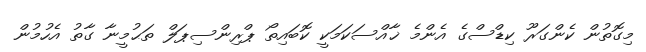
މިގޮތުން ކެންގަރޫ ކިޑްސްގެ އެންމެ ޚާއްސަކަމަކީ ކޮބައިތޯ ޕްރިންސިޕަލް ތަޙުމީނާ ގާތު އެހުމުން